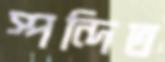
স্পন্দিত